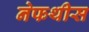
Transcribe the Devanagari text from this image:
नेफथीस